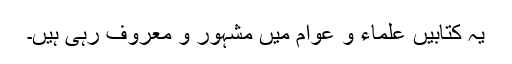
یہ کتابیں علماء و عوام میں مشہور و معروف رہی ہیں۔